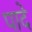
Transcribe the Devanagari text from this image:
पादे